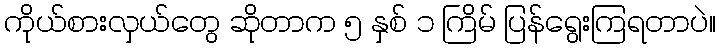
ကိုယ်စားလှယ်တွေ ဆိုတာက ၅ နှစ် ၁ ကြိမ် ပြန်ရွေးကြရတာပဲ။